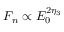
F _ { n } \propto E _ { 0 } ^ { 2 \eta _ { 3 } }